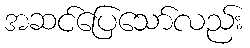
အဆင်ပြေသော်လည်း